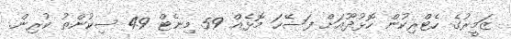
ޒަމީރުގެ ހެޓްރިކުން ހޮޅުދޫއަށް ފަސޭހަ މޮޅެއް 59 މިނެޓް 49 ސިކުންތު ކުރިން.